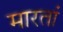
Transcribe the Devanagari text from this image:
मारतां